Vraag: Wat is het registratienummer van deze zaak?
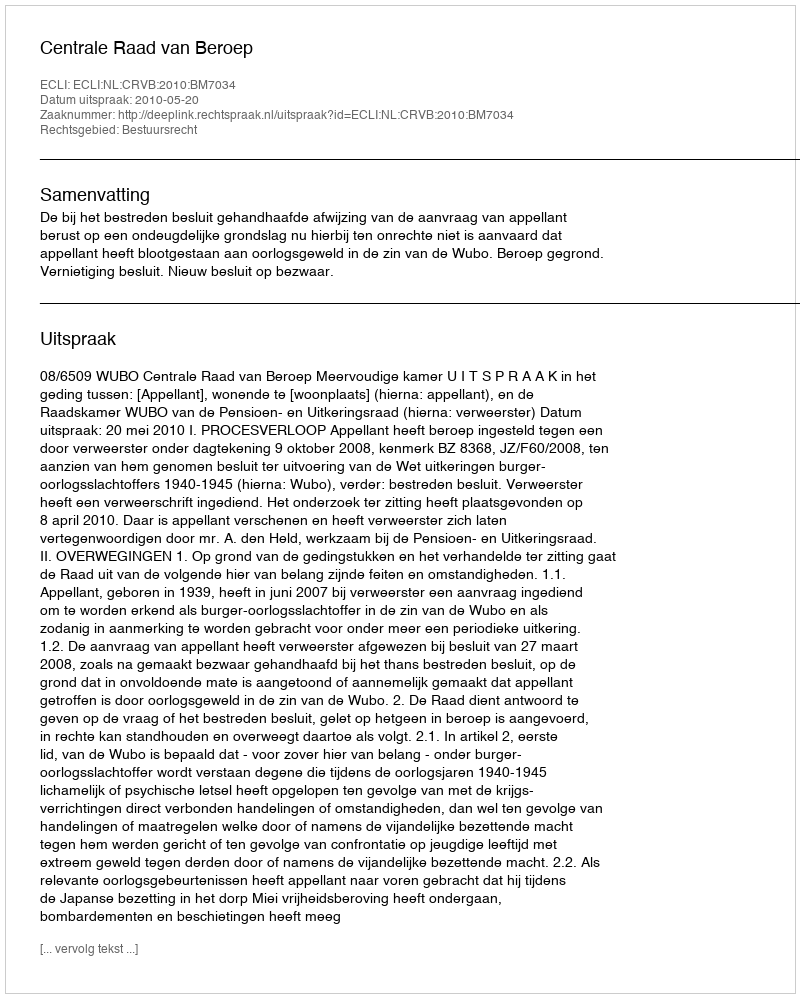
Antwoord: http://deeplink.rechtspraak.nl/uitspraak?id=ECLI:NL:CRVB:2010:BM7034